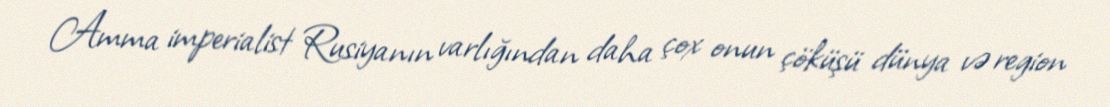
Amma imperialist Rusiyanın varlığından daha çox onun çöküşü dünya və region